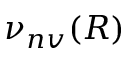
\nu _ { n v } ( R )